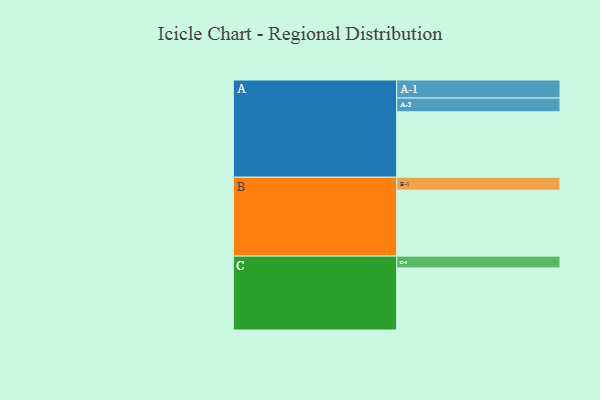
{"axis": {"x": "Segment", "y": "Value"}, "legend": ["", "A", "B", "C"], "data": [{"x": "A", "y": 471, "type": ""}, {"x": "B", "y": 475, "type": ""}, {"x": "C", "y": 447, "type": ""}, {"x": "A-1", "y": 130, "type": "A"}, {"x": "A-2", "y": 99, "type": "A"}, {"x": "B-1", "y": 93, "type": "B"}, {"x": "C-1", "y": 85, "type": "C"}]}